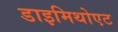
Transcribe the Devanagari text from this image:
डाइमिथोएट